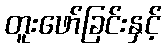
တူးဖော်ခြင်းနှင့်